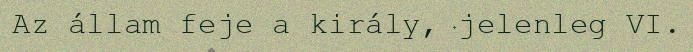
Az állam feje a király, jelenleg VI.